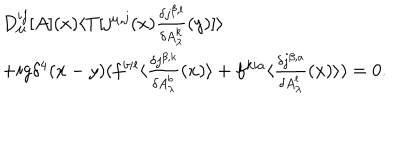
LaTeX: \begin{array} { l } { { D _ { \mu } ^ { i j } [ A ] ( x ) \langle T [ j ^ { \mu , j } ( x ) \frac { \delta j ^ { \beta , l } } { \delta A _ { \lambda } ^ { k } } ( y ) ] \rangle } } \\ { { + i g \delta ^ { 4 } ( x - y ) ( f ^ { b i l } \langle \frac { \delta j ^ { \beta , k } } { \delta A _ { \lambda } ^ { b } } ( x ) \rangle + f ^ { k i a } \langle \frac { \delta j ^ { \beta , a } } { \delta A _ { \lambda } ^ { l } } ( x ) \rangle ) = 0 . } } \\ \end{array}